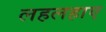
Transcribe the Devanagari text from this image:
लहलहाए